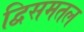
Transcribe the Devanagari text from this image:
द्विसमतल